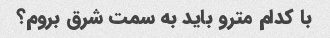
با کدام مترو باید به سمت شرق بروم؟